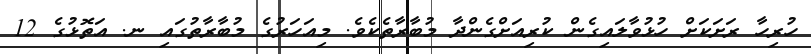
ހުރިހާ ރަށަކަށް ހުޅުވާލައިގެން ކުރިއަށްގެންދާ މުބާރާތެކެވެ. މިއަހަރުގެ މުބާރާތުގައި ނ. އަތޮޅުގެ 12